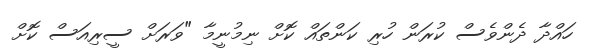
ހައްދާ ދެންވެސް ކުރަން ހުރި ކަންތައް ކޮށް ނިމުނީމާ "ވަރަށް ސީރިއަސް ކޮށް